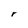
Character: r